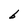
Character: b